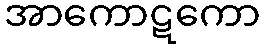
အာကောဋကော